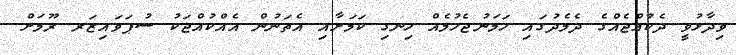
ވިދާޅުވީ ދެކުއްޖެއްގެ ދެމެދުގައި ހަމަނުޖެހުމެއް ހިނގި ކަމަށާއި އެތަނުން އެއްކުއްޖަކު ސުޕަވައިޒަރ ރޫމަށް